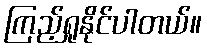
ကြည့်ရှုနိုင်ပါတယ်။